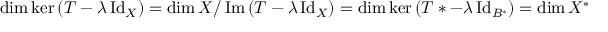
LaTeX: \dim \ker \left( T - \lambda \operatorname { I d } _ { X } \right) = \dim X / \operatorname { I m } \left( T - \lambda \operatorname { I d } _ { X } \right) = \dim \ker \left( T * - \lambda \operatorname { I d } _ { B ^ { * } } \right) = \dim X ^ { * } / \operatorname { I m } \left( T ^ { * } - \lambda \operatorname { I d } _ { X ^ { * } } \right)